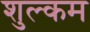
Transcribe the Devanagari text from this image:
शुल्कम